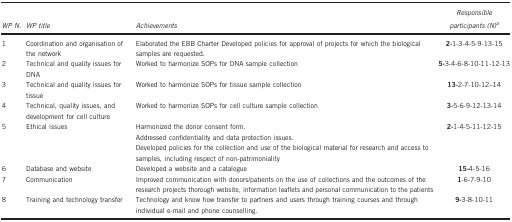
<table><thead><tr><td><b><i>WP N.</i></b></td><td><b><i>WP title</i></b></td><td><b><i>Achievements</i></b></td><td><b><i>Responsible participants (N)</i>a</b></td></tr></thead><tbody><tr><td>1</td><td>Coordination and organisation of the network</td><td>Elaborated the EBB Charter Developed policies for approval of projects for which the biological samples are requested.</td><td><b>2-</b>1-3-4-5-9-13-15</td></tr><tr><td>2</td><td>Technical and quality issues for DNA</td><td>Worked to harmonize SOPs for DNA sample collection</td><td><b>5-</b>3-4-6-8-10-11-12-13</td></tr><tr><td>3</td><td>Technical and quality issues for tissue</td><td>Worked to harmonize SOPs for tissue sample collection</td><td><b>13-</b>2-7-10-12–14</td></tr><tr><td>4</td><td>Technical, quality issues, and development for cell culture</td><td>Worked to harmonize SOPs for cell culture sample collection</td><td><b>3-</b>5-6-9-12-13-14</td></tr><tr><td>5</td><td>Ethical issues</td><td>Harmonized the donor consent form.Addressed confidentiality and data protection issues.Developed policies for the collection and use of the biological material for research and access to samples, including respect of non-patrimoniality</td><td><b>2-</b>1-4-5-11-12-15</td></tr><tr><td>6</td><td>Database and website</td><td>Developed a website and a catalogue</td><td><b>15-</b>4-5-16</td></tr><tr><td>7</td><td>Communication</td><td>Improved communication with donors/patients on the use of collections and the outcomes of the research projects thorough website, information leaflets and personal communication to the patients</td><td><b>1</b>-6-7-9-10</td></tr><tr><td>8</td><td>Training and technology transfer</td><td>Technology and know how transfer to partners and users through training courses and through individual e-mail and phone counselling.</td><td><b>9-</b>3-8-10-11</td></tr></tbody></table>